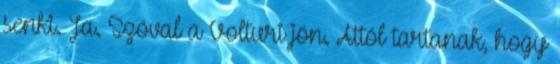
senki. Ja. Szóval a Volturi jön. Attól tartanak, hogy